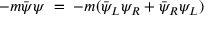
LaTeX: - m { \bar { \psi } } \psi \; = \; - m ( { \bar { \psi } } _ { L } \psi _ { R } + { \bar { \psi } } _ { R } \psi _ { L } )